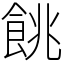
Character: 餆